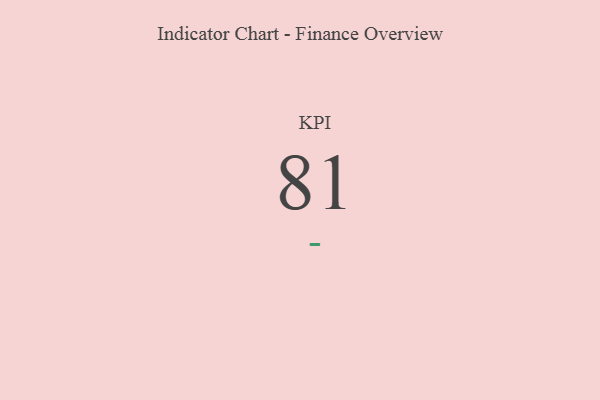
{"axis": {"x": "KPI", "y": "Value"}, "legend": [""], "data": [{"x": "KPI", "y": 81, "type": ""}]}